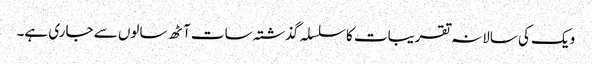
ویک کی سالانہ تقریبات کا سلسلہ گذشتہ سات آٹھ سالوں سے جاری ہے۔